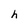
Character: h